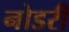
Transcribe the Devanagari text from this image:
नोडरी